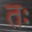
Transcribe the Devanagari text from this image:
तः